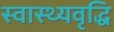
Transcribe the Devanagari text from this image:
स्वास्थ्यवृद्धि